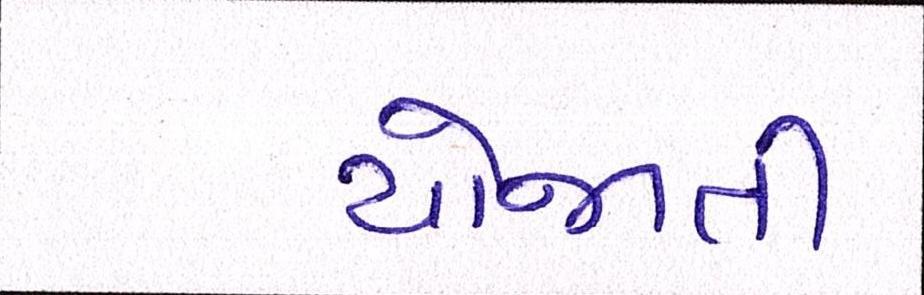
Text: યોજાતી